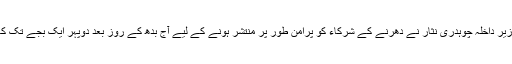
گزشتہ شب وزیر داخلہ چوہدری نثار نے دھرنے کے شرکاء کو پرامن طور پر منتشر ہونے کے لیے آج بدھ کے روز بعد دوپہر ایک بجے تک کا وقت دیا تھا۔